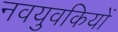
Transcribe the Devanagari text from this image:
नवयुवकियों